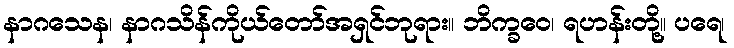
နာဂသေန၊ နာဂသိန်ကိုယ်တော်အရှင်ဘုရား။ ဘိက္ခဝေ၊ ရဟန်းတို့။ ပရေ၊